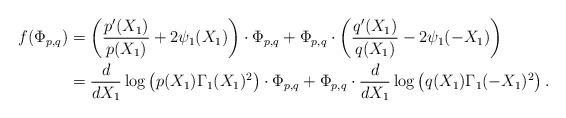
LaTeX: \begin{align*}f(\Phi_{p,q}) & =\left(\frac{p'(X_{1})}{p(X_{1})}+2\psi_{1}(X_{1})\right)\cdot\Phi_{p,q}+\Phi_{p,q}\cdot\left(\frac{q'(X_{1})}{q(X_{1})}-2\psi_{1}(-X_{1})\right)\\ & =\frac{d}{dX_{1}}\log\left(p(X_{1})\Gamma_{1}(X_{1})^{2}\right)\cdot\Phi_{p,q}+\Phi_{p,q}\cdot\frac{d}{dX_{1}}\log\left(q(X_{1})\Gamma_{1}(-X_{1})^{2}\right).\end{align*}